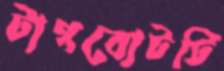
টাগবোটটি